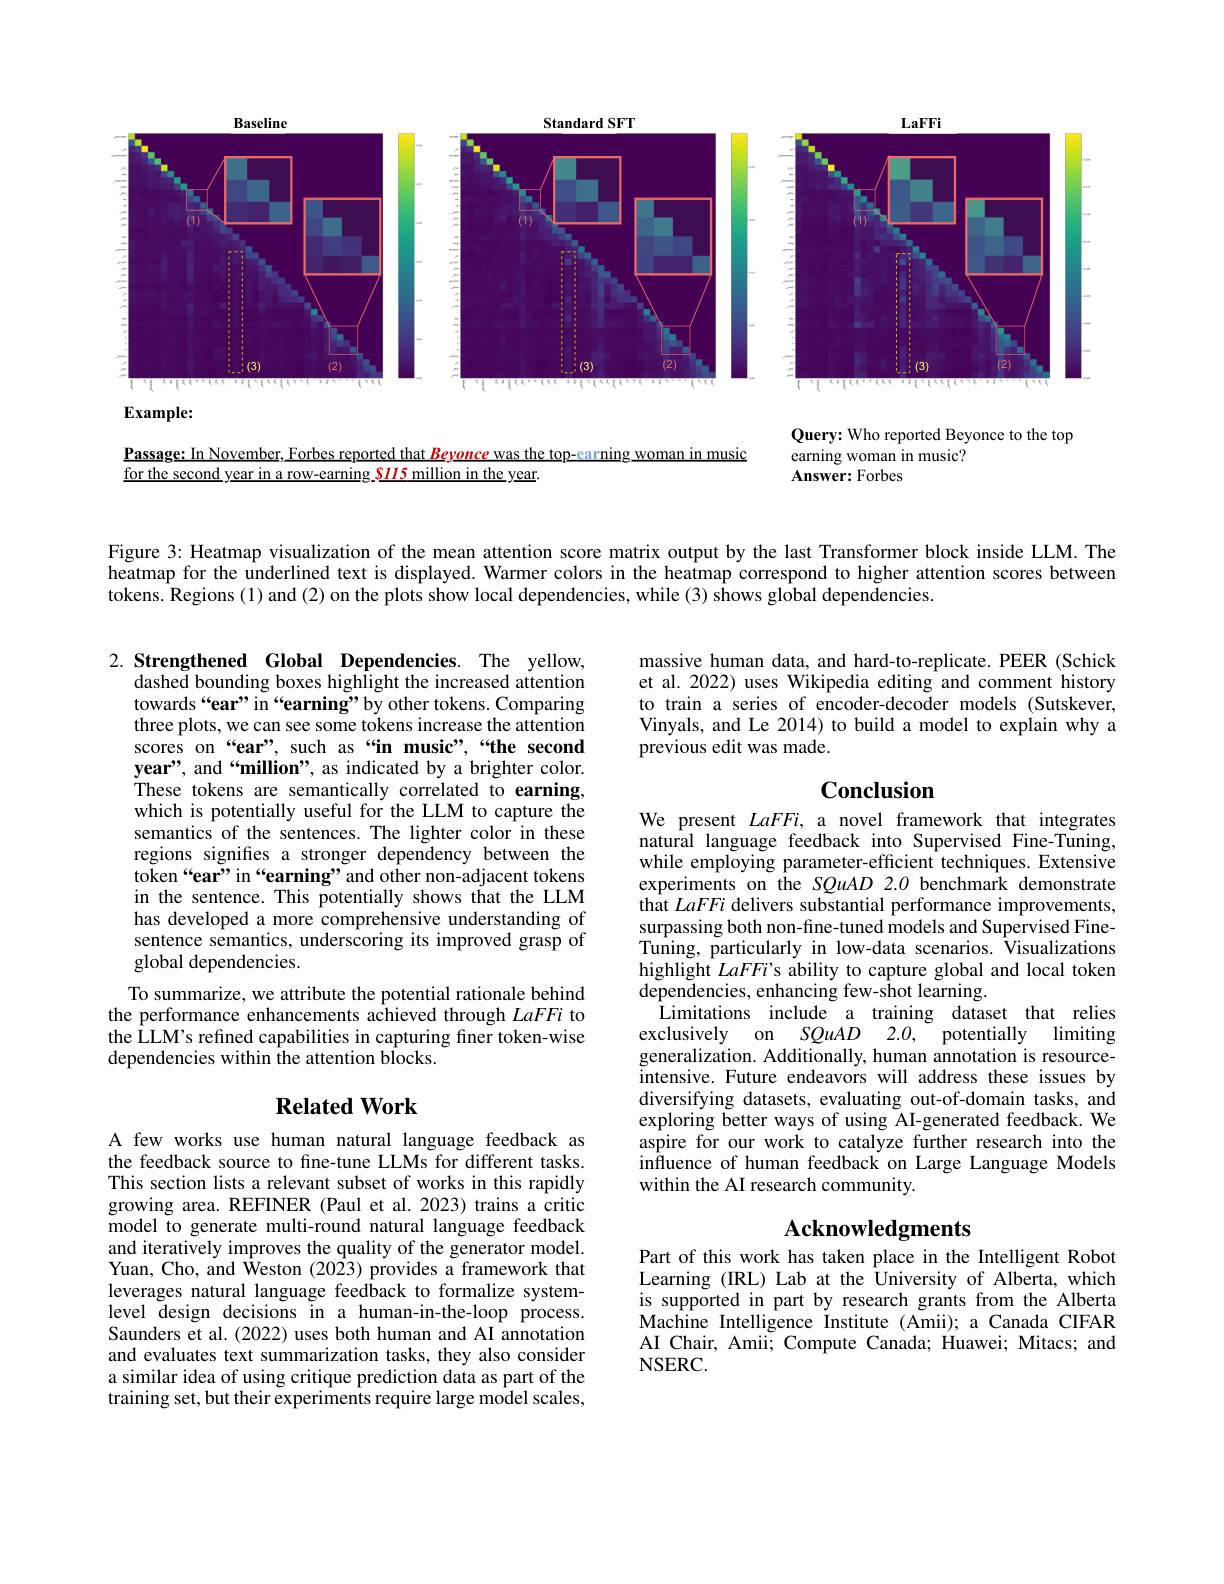
<FigureHere>
$\mathbf{Example:}$

Query: Who reported Beyonce to the top
earning woman in music?
$\mathbf{Answer:Forbes}$

Passage: In November, Forbes reported that Beyonce was the top-earning woman in music
for the second year in a row-earning $\color{red}{s115\text{million in the year.}}$

Figure 3: Heatmap visualization of the mean attention score matrix output by the last Transformer block inside LLM. The heatmap for the underlined text is displayed. Warmer colors in the heatmap correspond to higher attention scores between tokens. Regions (1) and (2) on the plots show local dependencies, while (3) shows global dependencies.

massive human data, and hard-to-replicate. PEER (Schick et al. 2022) uses Wikipedia editing and comment history to train a series of encoder-decoder models (Sutskever, Vinyals, and Le 2014) to build a model to explain why a previous edit was made.

## Conclusion

2. Strengthened Global Dependencies. The yellow,
dashed bounding boxes highlight the increased attention towards“ear”in“earning”by other tokens. Comparing three plots, we can see some tokens increase the attention scores on“ear”, such as“in music”,“the second year", and“million”, as indicated by a brighter color. These tokens are semantically correlated to earning, which is potentially useful for the LLM to capture the semantics of the sentences. The lighter color in these regions signifies a stronger dependency between the token“ear”in“earning”and other non-adjacent tokens in the sentence. This potentially shows that the LLM has developed a more comprehensive understanding of sentence semantics, underscoring its improved grasp of global dependencies.
To summarize, we attribute the potential rationale behind the performance enhancements achieved through LaFFi to the LLM's refined capabilities in capturing finer token-wise dependencies within the attention blocks.

We present LaFFi, a novel framework that integrates natural language feedback into Supervised Fine-Tuning, while employing parameter-efficient techniques. Extensive experiments on the SQuAD 2.0 benchmark demonstrate that LaFFi delivers substantial performance improvements, surpassing both non-fine-tuned models and Supervised FineTuning, particularly in low-data scenarios. Visualizations highlight LaFFi's ability to capture global and local token dependencies, enhancing few-shot learning.
Limitations include a training dataset that relies exclusively on SQuAD 2.0,~~potentially limiting generalization. Additionally, human annotation is resourceintensive. Future endeavors will address these issues by diversifying datasets, evaluating out-of-domain tasks, and exploring better ways of using AI-generated feedback. We aspire for our work to catalyze further research into the influence of human feedback on Large Language Models within the AI research community.

## $\textbf{Related Work}$

# Acknowledgments

A few works use human natural language feedback as the feedback source to fne-tune LLMs for different tasks. This section lists a relevant subset of works in this rapidly growing area. REFINER (Paul et al. 2023) trains a critic model to generate multi-round natural language feedback and iteratively improves the quality of the generator model. Yuan, Cho, and Weston (2023) provides a framework that leverages natural language feedback to formalize systemlevel design decisions in a human-in-the-loop process. Saunders et al. (2022) uses both human and AI annotation and evaluates text summarization tasks, they also consider a similar idea of using critique prediction data as part of the training set, but their experiments require large model scales,

Part of this work has taken place in the Intelligent Robot Learning (IRL) Lab at the University of Alberta, which is supported in part by research grants from the Alberta Machine Intelligence Institute (Amii); a Canada CIFAR AI Chair, Amii; Compute Canada; Huawei; Mitacs; and NSERC.